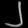
Digit: ၂